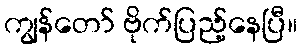
ကျွန်တော် ဗိုက်ပြည့်နေပြီ။